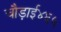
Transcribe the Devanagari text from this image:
चौड़ाई४६५